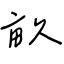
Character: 畝